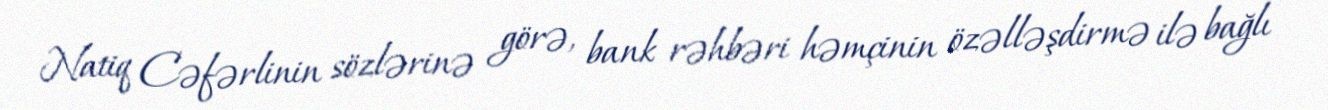
Natiq Cəfərlinin sözlərinə görə, bank rəhbəri həmçinin özəlləşdirmə ilə bağlı